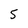
Character: 5